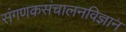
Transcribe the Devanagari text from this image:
संगणकसंचालनविज्ञान